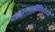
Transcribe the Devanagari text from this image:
महागाईविरोधी